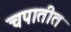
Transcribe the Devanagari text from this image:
चपातीत